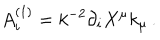
A _ { i } ^ { ( 1 ) } = k ^ { - 2 } \partial _ { i } X ^ { \mu } k _ { \mu } \, .